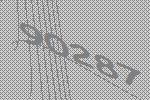
90287